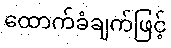
ထောက်ခံချက်ဖြင့်